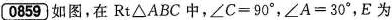
0859 如图，在Rt△ABC中，$$∠ C = 9 0 °$$，$$∠ A = 3 0 °$$，E为